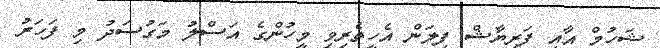
ޝަހުމް އާއި ފަރިޔާޝް ފިލަން އެހީތެރިވި މީހުންގެ އަސްލު މަގުސަދު މި ފަހަރު